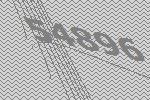
54896